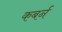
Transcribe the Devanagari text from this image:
कबर्न